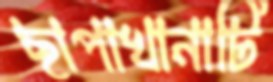
ছাপাখানাটি